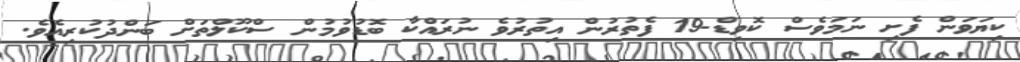
ކިޔަވަން ފެށި ނަމަވެސް ކޮވިޑް-19 ފެތުރުން އިތުރުވެ ނުރައްކާ ބޮޑުވުމުން ސްކޫލްތަށް ބަންދުކުރިއެވެ.